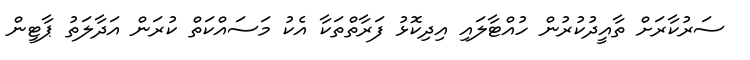
ސަރުކާރަށް ތާއީދުކުރުން ހުއްޓާލައި އިދިކޮޅު ފަރާތްތަކާ އެކު މަސައްކަތް ކުރަން އަދާލަތު ޕާޓީން